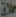
خلاق